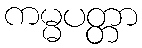
ကမ္မပတ္တာ